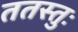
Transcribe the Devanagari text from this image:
ततस्तुः